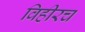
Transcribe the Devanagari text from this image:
विहीरच